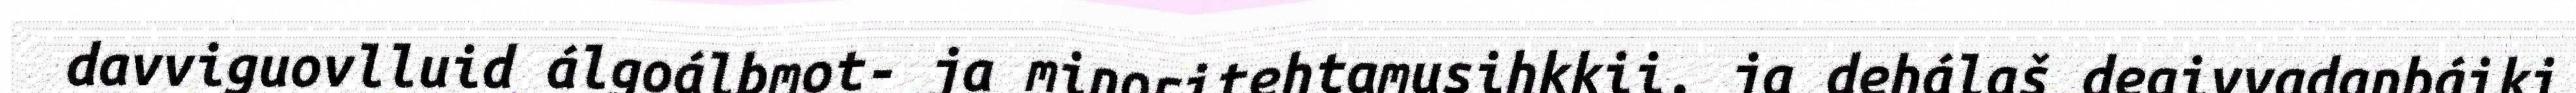
davviguovlluid álgoálbmot- ja minoritehtamusihkkii, ja dehálaš deaivvadanbáiki